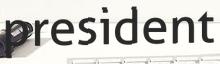
president